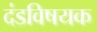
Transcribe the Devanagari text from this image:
दंडविषयक